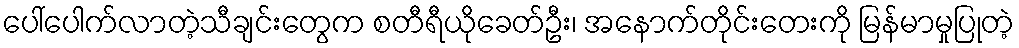
ပေါ်ပေါက်လာတဲ့သီချင်းတွေက စတီရီယိုခေတ်ဦး၊ အနောက်တိုင်းတေးကို မြန်မာမှုပြုတဲ့